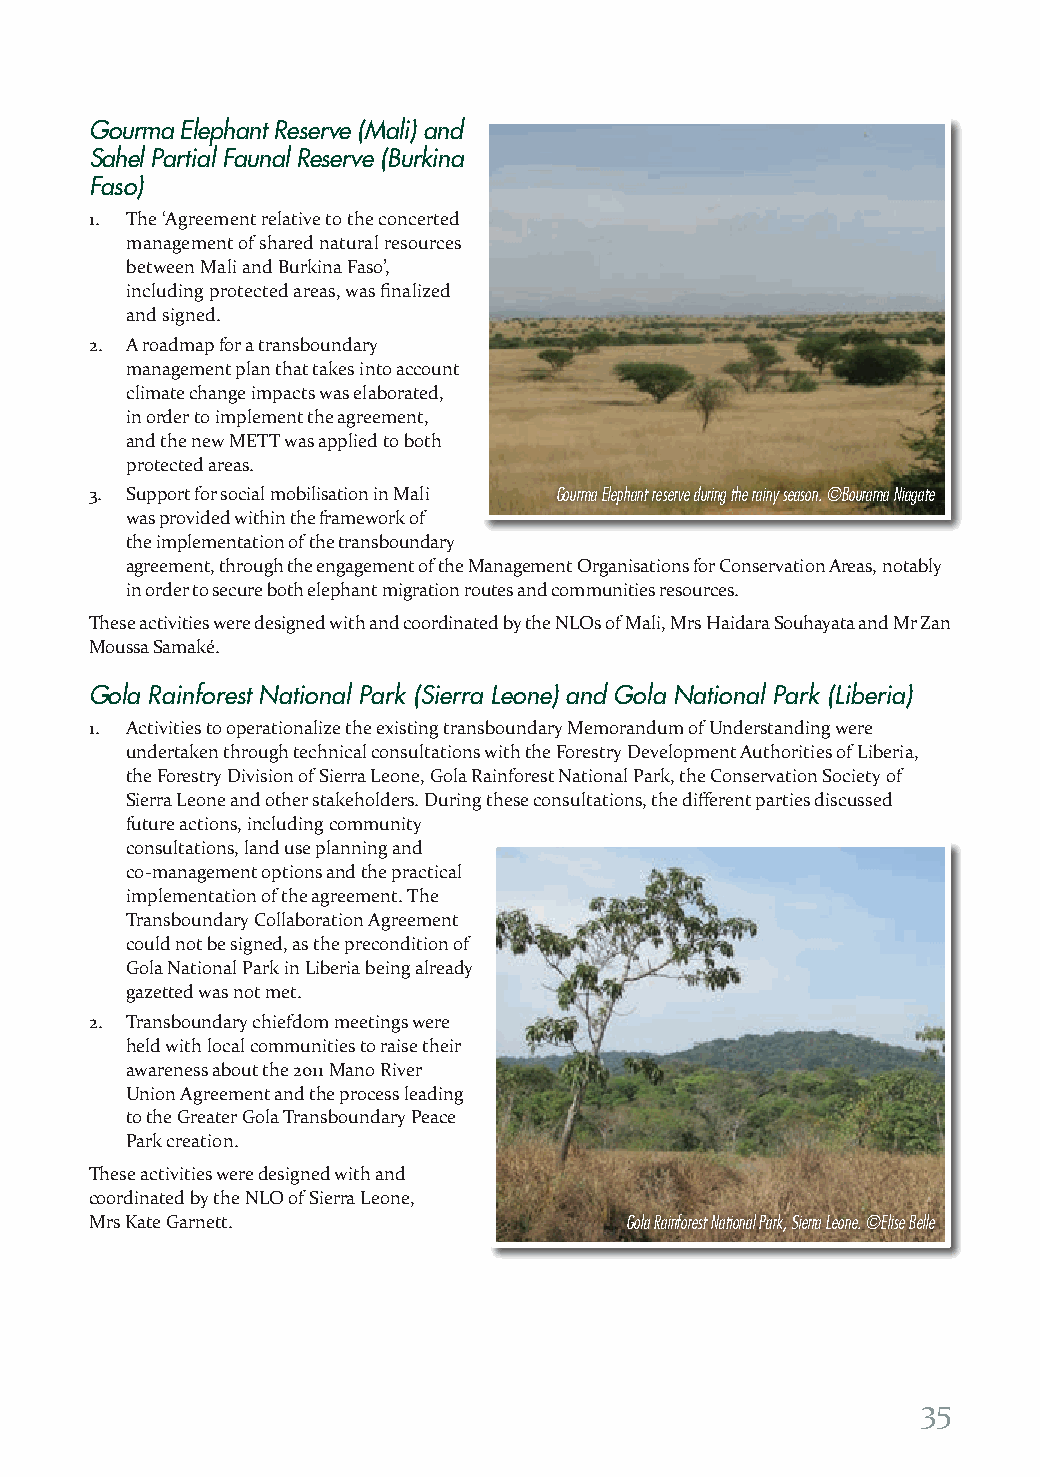
Gourma Elephant Reserve (Mali) and
 Sahel Partial Faunal Reserve (Burkina
 Faso)
 1. T he ‘Agreement relative to the concerted
 management of shared natural resources
 between Mali and Burkina Faso’,
 including protected areas, was finalized
 and signed.
 2. A roadmap for a transboundary
 management plan that takes into account
 climate change impacts was elaborated,
 in order to implement the agreement,
 and the new METT was applied to both
 protected areas.
 3. Support for social mobilisation in Mali Gourma Elephant reserve during the rainy season. ©Bourama Niagate
 was provided within the framework of
 the implementation of the transboundary
 agreement, through the engagement of the Management Organisations for Conservation Areas, notably
 in order to secure both elephant migration routes and communities resources.
 These activities were designed with and coordinated by the NLOs of Mali, Mrs Haidara Souhayata and Mr Zan
 Moussa Samaké.
 Gola Rainforest National Park (Sierra Leone) and Gola National Park (Liberia)
 1. Activities to operationalize the existing transboundary Memorandum of Understanding were
 undertaken through technical consultations with the Forestry Development Authorities of Liberia,
 the Forestry Division of Sierra Leone, Gola Rainforest National Park, the Conservation Society of
 Sierra Leone and other stakeholders. During these consultations, the different parties discussed
 future actions, including community
 consultations, land use planning and
 co-management options and the practical
 implementation of the agreement. The
 Transboundary Collaboration Agreement
 could not be signed, as the precondition of
 Gola National Park in Liberia being already
 gazetted was not met.
 2. Transboundary chiefdom meetings were
 held with local communities to raise their
 awareness about the 2011 Mano River
 Union Agreement and the process leading
 to the Greater Gola Transboundary Peace
 Park creation.
 These activities were designed with and
 coordinated by the NLO of Sierra Leone,
 Mrs Kate Garnett.                  Gola Rainforest National Park, Sierra Leone. ©Elise Belle
 35